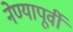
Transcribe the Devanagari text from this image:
नेण्यापूर्वी